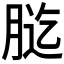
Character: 𦛰